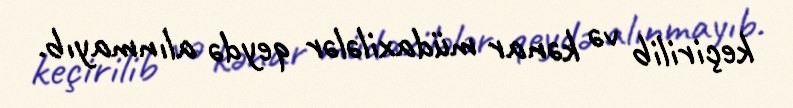
keçirilib və kənar müdaxilələr qeydə alınmayıb.